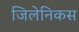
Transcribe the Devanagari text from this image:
जिलेनिकस